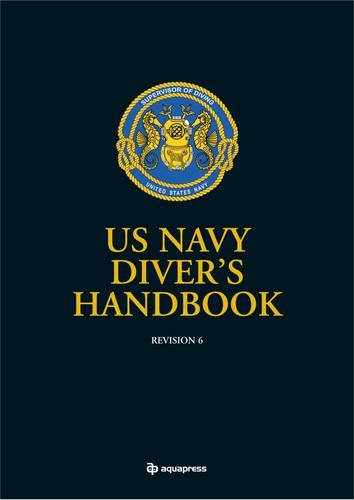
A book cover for US Navy Divers Handbook: Revision 6; Sports & Outdoors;